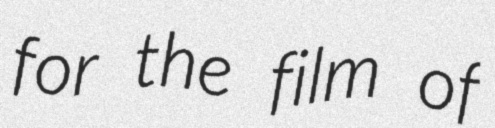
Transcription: for the film of